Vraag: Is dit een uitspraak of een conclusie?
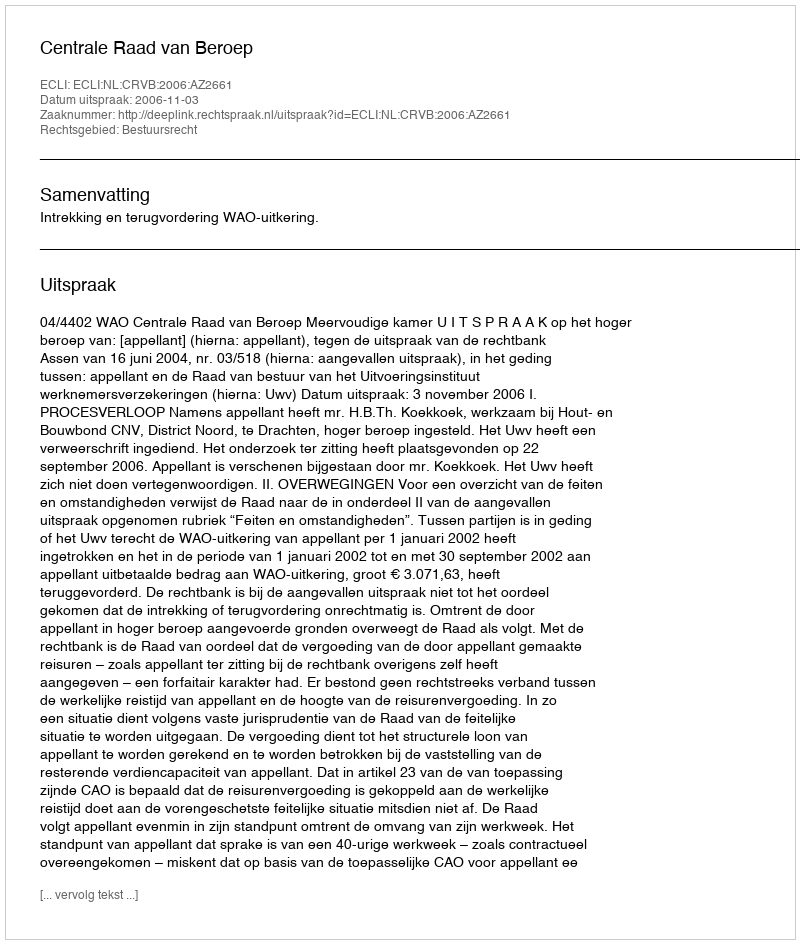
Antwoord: Uitspraak